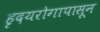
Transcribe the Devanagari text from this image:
हृदयरोगापासून